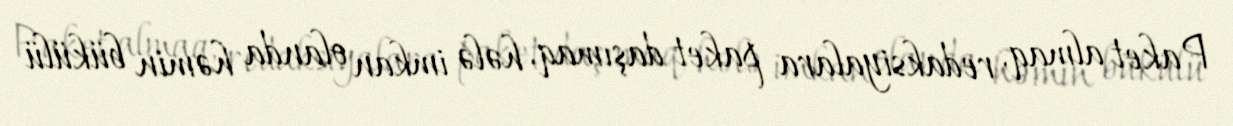
Paket almaq, redaksiyalara paket daşımaq, hələ imkan olanda həmin bükülü